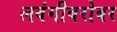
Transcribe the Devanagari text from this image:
लवंगीबरोबर